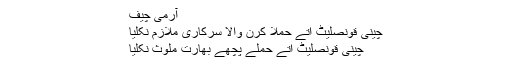
آرمی چیف
چینی قونصلیٹ اُتے حملا کرن والا سرکاری ملازم نکلیا
چینی قونصلیٹ اُتے حملے پچھے بھارت ملوث نکلیا